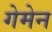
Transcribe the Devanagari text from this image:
गेमेन